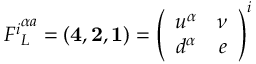
{ F ^ { i } } _ { L } ^ { \alpha a } = ( { \bf 4 } , { \bf 2 } , { \bf 1 } ) = \left( \begin{array} { c c } { { u ^ { \alpha } } } & { { \nu } } \\ { { d ^ { \alpha } } } & { { e } } \end{array} \right) ^ { i }